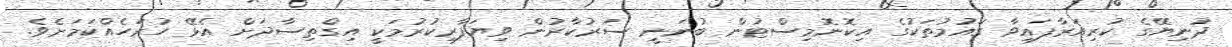
ދުނިޔޭގެ ކުރިއަރާފައިވާ ގައުމުތަކުގެ އިކޮނޮމިސްޓުން ބުނަނީ ސަރުކާރުން ވިޔަފާރިކުރުމަކީ އިގްތިސާދަށް އެޅޭ ހުރަހެއްކަމަށެވެ.